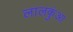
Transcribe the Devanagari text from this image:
लालकुंआ